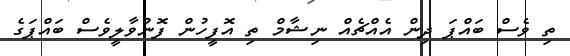
ތި ވެސް ބައްޕަ ދިން އެއްޗެއް ނިޝާމް ތި އޮފީހުން ފޮނުވާލީވެސް ބައްޕަގެ